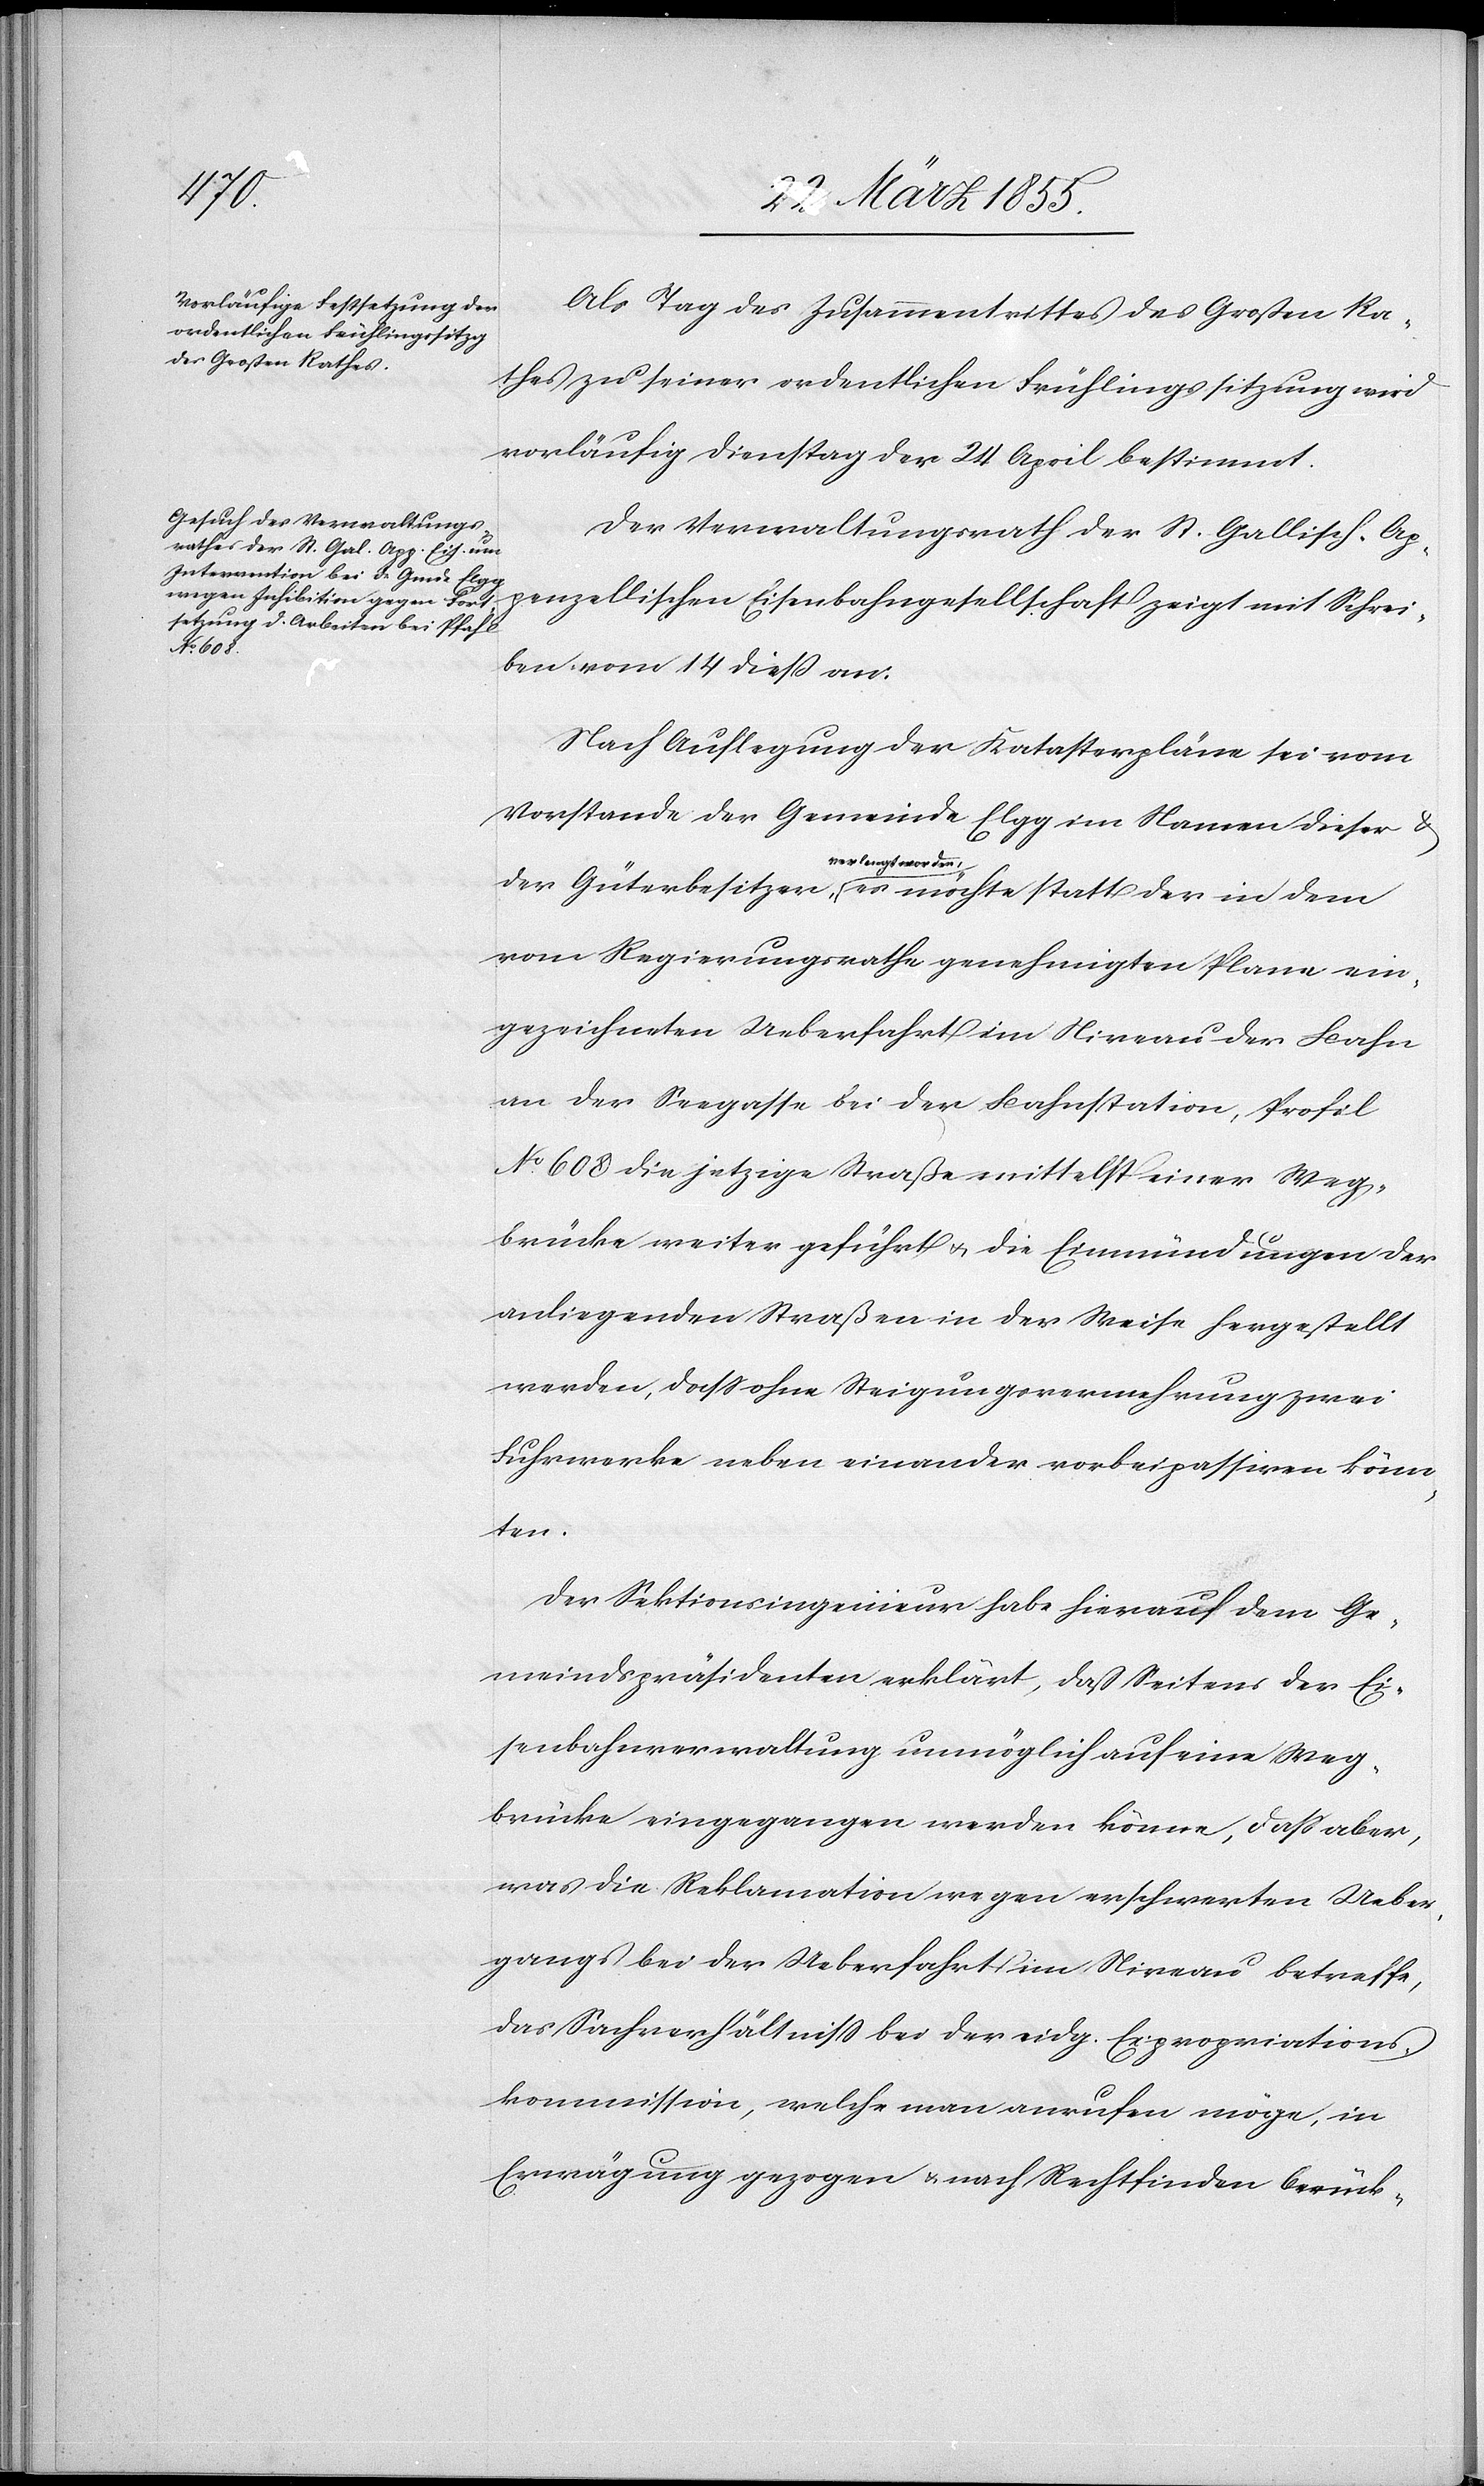
Als Tag des Zusammentrittes des Großen Ra¬
thes zu seiner ordentlichen Frühlingssitzung wird
vorläufig Dienstag der 24 April bestimmt.
Der Verwaltungsrath der St. Gallisch-Ap¬
penzellischen Eisenbahngesellschaft zeigt mit Schrei¬
statt der
ben vom 14 dieß an:
Nach Auflegung der Katasterpläne sei vom
Vorstande der Gemeinde Elgg im Namen dieser &
verlangt worden,
vom Regierungsrathe genehmigten Plane ein¬
gezeichneten Ueberfahrt im Niveau der Bahn
an der Seegasse bei der Bahnstation, Profil
No. 608 die jetzige Straße mittelst einer Weg¬
brücke weiter geführt & die Einmündungen der
anliegenden Straßen in der Weise hergestellt
werden, dass ohne Steigungsvermehrung zwei
Fuhrwerke neben einander vorbeipassiren könn¬
ten.
Der Sektionsingenieur habe hierauf dem Ge¬
meindspräsidenten erklärt, daß Seitens der Ei¬
senbahnverwaltung unmöglich auf eine Weg¬
brücke eingegangen werden könne, daß aber,
was die Reklamation wegen erschwerten Ueber¬
gangs bei der Ueberfahrt im Niveau betreffe,
das Sachverhältniss bei der eidg. Expropriations¬
kommission, welche man anrufen möge, in
Erwägung gezogen & nach Rechtfinden berück-